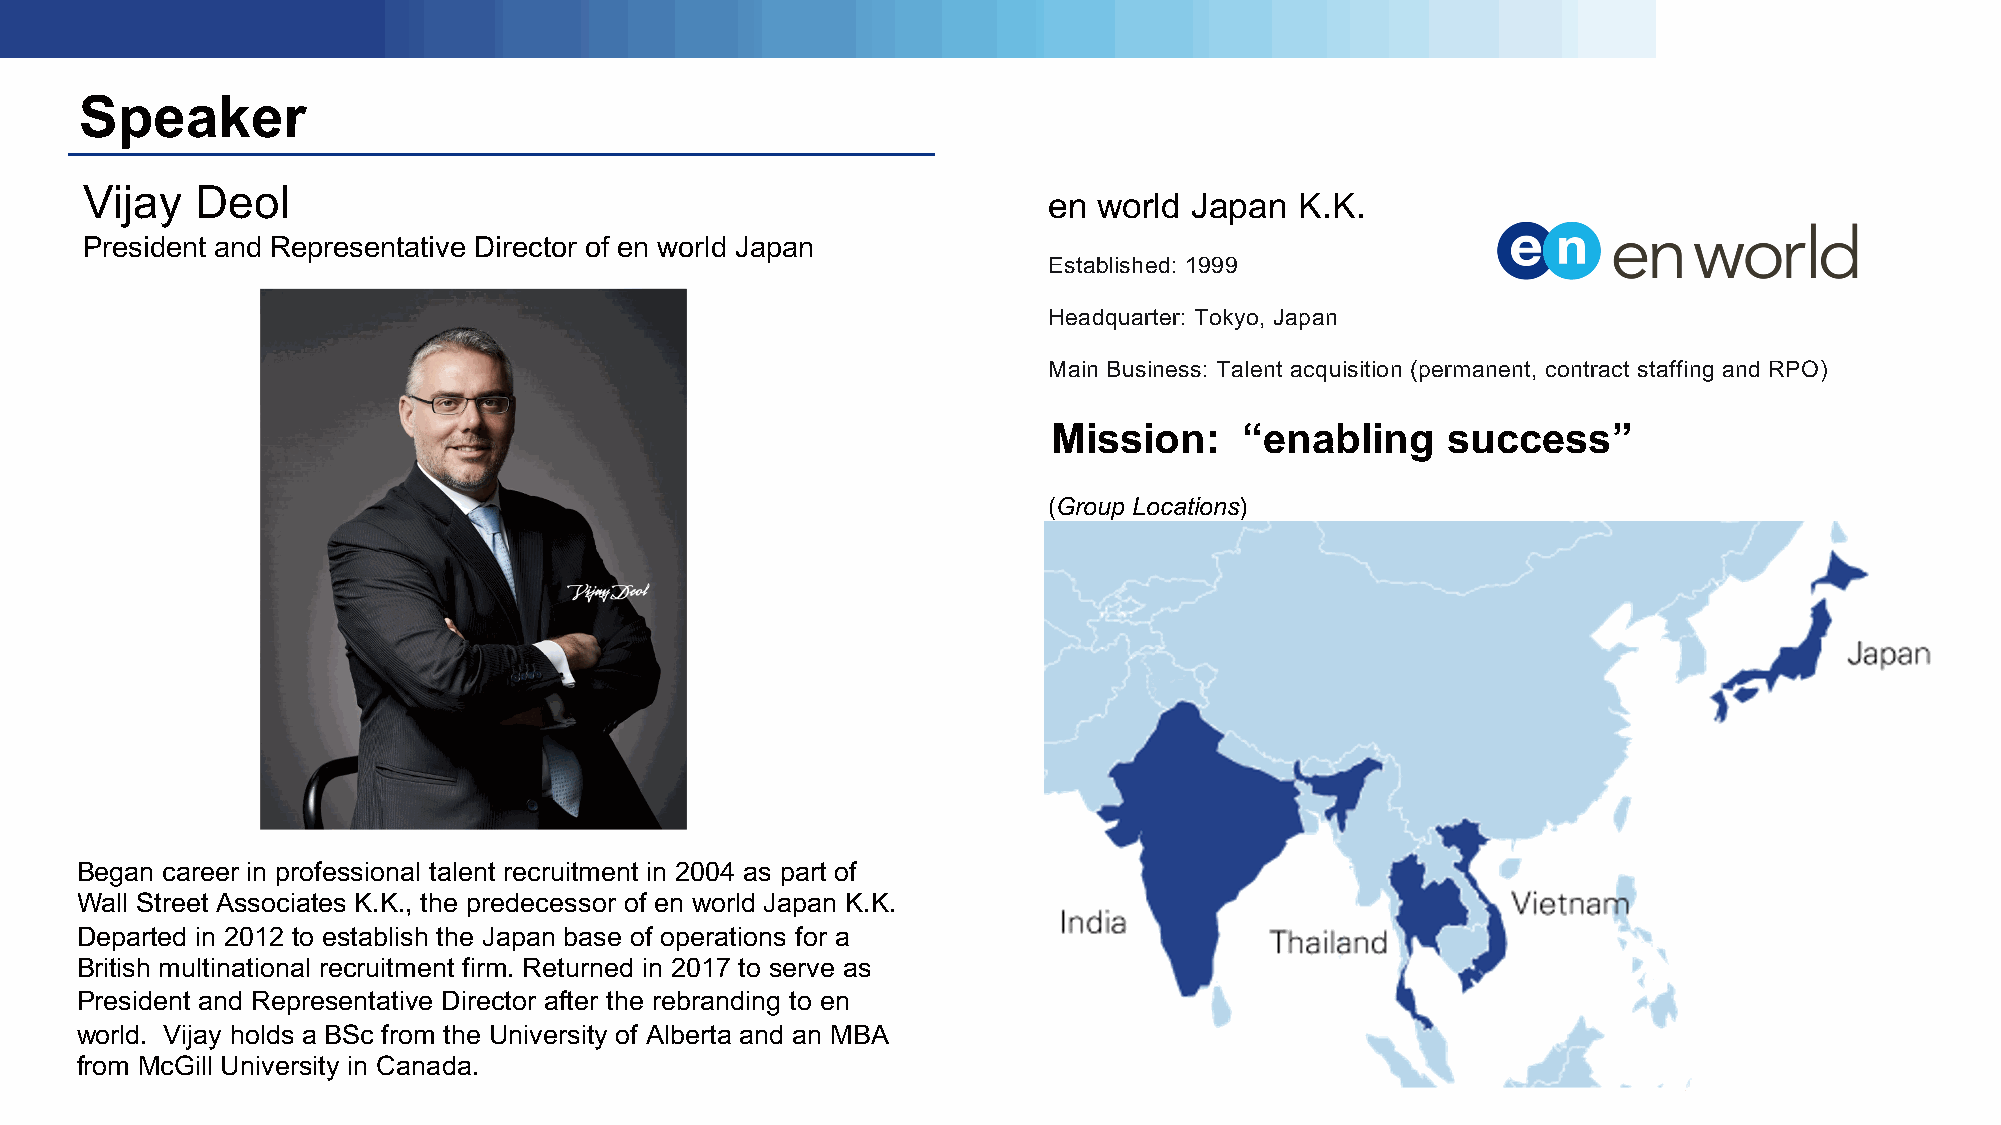
Speaker
 Vijay  Deol
 en  world Japan  K.K.
 President and Representative Director of en world Japan
 Established: 1999
 Headquarter: Tokyo, Japan
 Main Business: Talent acquisition (permanent, contract staffing and RPO)
 Mission:    “enabling     success”
 (Group Locations)
 Began career in professional talent recruitment in 2004 as part of
 Wall Street Associates K.K., the predecessor of en world Japan K.K.
 Departed in 2012 to establish the Japan base of operations for a
 British multinational recruitment firm. Returned in 2017 to serve as
 President and Representative Director after the rebranding to en
 world. Vijay holds a BSc from the University of Alberta and an MBA
 from McGill University in Canada.